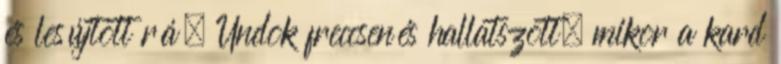
és lesújtott rá. Undok freccsenés hallatszott, mikor a kard